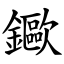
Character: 䥲